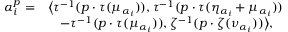
\begin{array} { r l } { \alpha _ { i } ^ { p } = } & { \big \langle \tau ^ { - 1 } ( p \cdot \tau ( \mu _ { \alpha _ { i } } ) ) , \tau ^ { - 1 } ( p \cdot \tau ( \eta _ { \alpha _ { i } } + \mu _ { \alpha _ { i } } ) ) } \\ & { \quad - \tau ^ { - 1 } ( p \cdot \tau ( \mu _ { \alpha _ { i } } ) ) , \zeta ^ { - 1 } ( p \cdot \zeta ( \nu _ { \alpha _ { i } } ) ) \big \rangle , } \end{array}